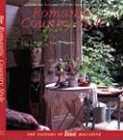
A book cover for Victoria: Romantic Country Style: Creating the English Country Look in Your Home; Arts & Photography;